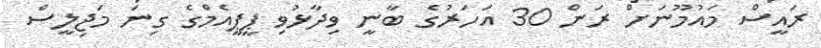
ރައީސް މައުމޫނަށް ރަން 30 އަހަރުގެ ބާނީ ވިދާޅުވި ޕީޕީއެމްގެ ގިނަ މަޖިލީސް